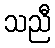
သညီ